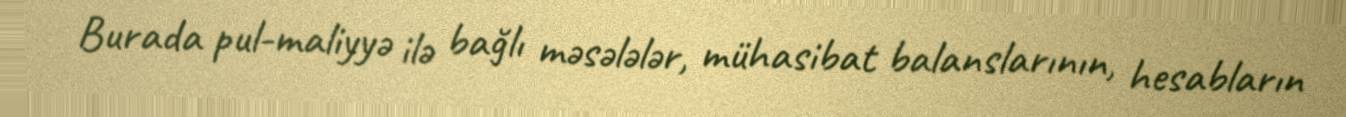
Burada pul-maliyyə ilə bağlı məsələlər, mühasibat balanslarının, hesabların